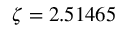
\zeta = 2 . 5 1 4 6 5